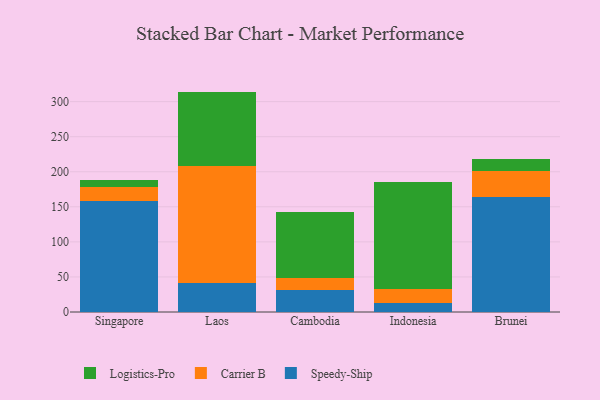
{"axis": {"x": "Country", "y": "Page Views"}, "legend": ["Carrier B", "Logistics-Pro", "Speedy-Ship"], "data": [{"x": "Singapore", "y": 159.0, "type": "Speedy-Ship"}, {"x": "Singapore", "y": 18.9, "type": "Carrier B"}, {"x": "Singapore", "y": 10.4, "type": "Logistics-Pro"}, {"x": "Laos", "y": 42.0, "type": "Speedy-Ship"}, {"x": "Laos", "y": 166.0, "type": "Carrier B"}, {"x": "Laos", "y": 106.3, "type": "Logistics-Pro"}, {"x": "Cambodia", "y": 31.1, "type": "Speedy-Ship"}, {"x": "Cambodia", "y": 17.2, "type": "Carrier B"}, {"x": "Cambodia", "y": 94.2, "type": "Logistics-Pro"}, {"x": "Indonesia", "y": 13.0, "type": "Speedy-Ship"}, {"x": "Indonesia", "y": 19.9, "type": "Carrier B"}, {"x": "Indonesia", "y": 152.0, "type": "Logistics-Pro"}, {"x": "Brunei", "y": 163.3, "type": "Speedy-Ship"}, {"x": "Brunei", "y": 38.0, "type": "Carrier B"}, {"x": "Brunei", "y": 16.3, "type": "Logistics-Pro"}]}